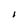
Character: I